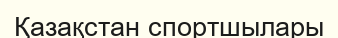
Қазақстан спортшылары